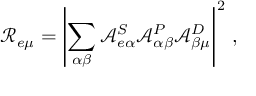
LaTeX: \mathcal { R } _ { e \mu } = \left| \sum _ { \alpha \beta } \mathcal { A } _ { e \alpha } ^ { S } \mathcal { A } _ { \alpha \beta } ^ { P } \mathcal { A } _ { \beta \mu } ^ { D } \right| ^ { 2 } \, ,